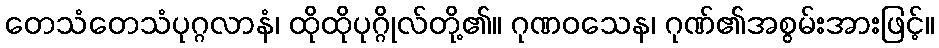
တေသံတေသံပုဂ္ဂလာနံ၊ ထိုထိုပုဂ္ဂိုလ်တို့၏။ ဂုဏဝသေန၊ ဂုဏ်၏အစွမ်းအားဖြင့်။